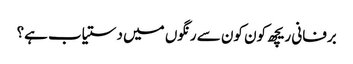
برفانی ریچھ کون کون سے رنگوں میں دستیاب ہے؟